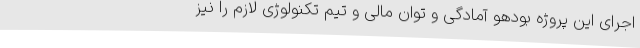
اجرای این پروژه بودهو آمادگی و توان مالی و تیم تکنولوژی لازم را نیز